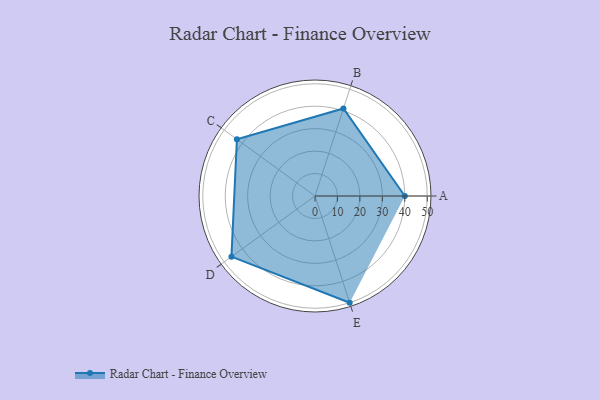
{"axis": {"x": "Skill", "y": "Score"}, "legend": ["Profile"], "data": [{"x": "A", "y": 40.0, "type": "Profile"}, {"x": "B", "y": 41.0, "type": "Profile"}, {"x": "C", "y": 43.0, "type": "Profile"}, {"x": "D", "y": 46.0, "type": "Profile"}, {"x": "E", "y": 50.0, "type": "Profile"}]}